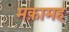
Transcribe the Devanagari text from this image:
मक़ामह